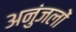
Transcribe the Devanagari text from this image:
अनुंजलों